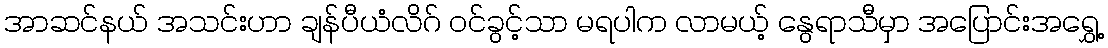
အာဆင်နယ် အသင်းဟာ ချန်ပီယံလိဂ် ဝင်ခွင့်သာ မရပါက လာမယ့် နွေရာသီမှာ အပြောင်းအရွှေ့